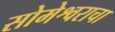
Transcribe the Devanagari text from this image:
सोमेश्वराचा